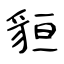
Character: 貆